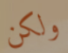
ولكن